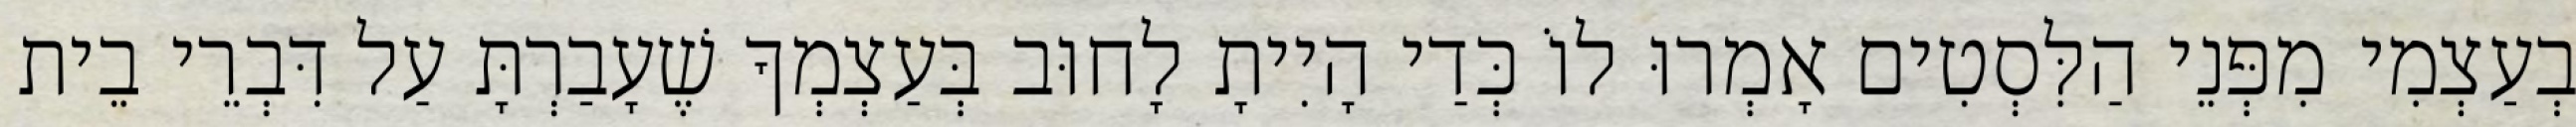
בְעַצְמִי מִפְּנֵי הַלִּסְטִים אָמְרוּ לוֹ כְּדַי הָיִיתָ לָחוּב בְּעַצְמְךָ שֶׁעָבַרְתָּ עַל דִּבְרֵי בֵית